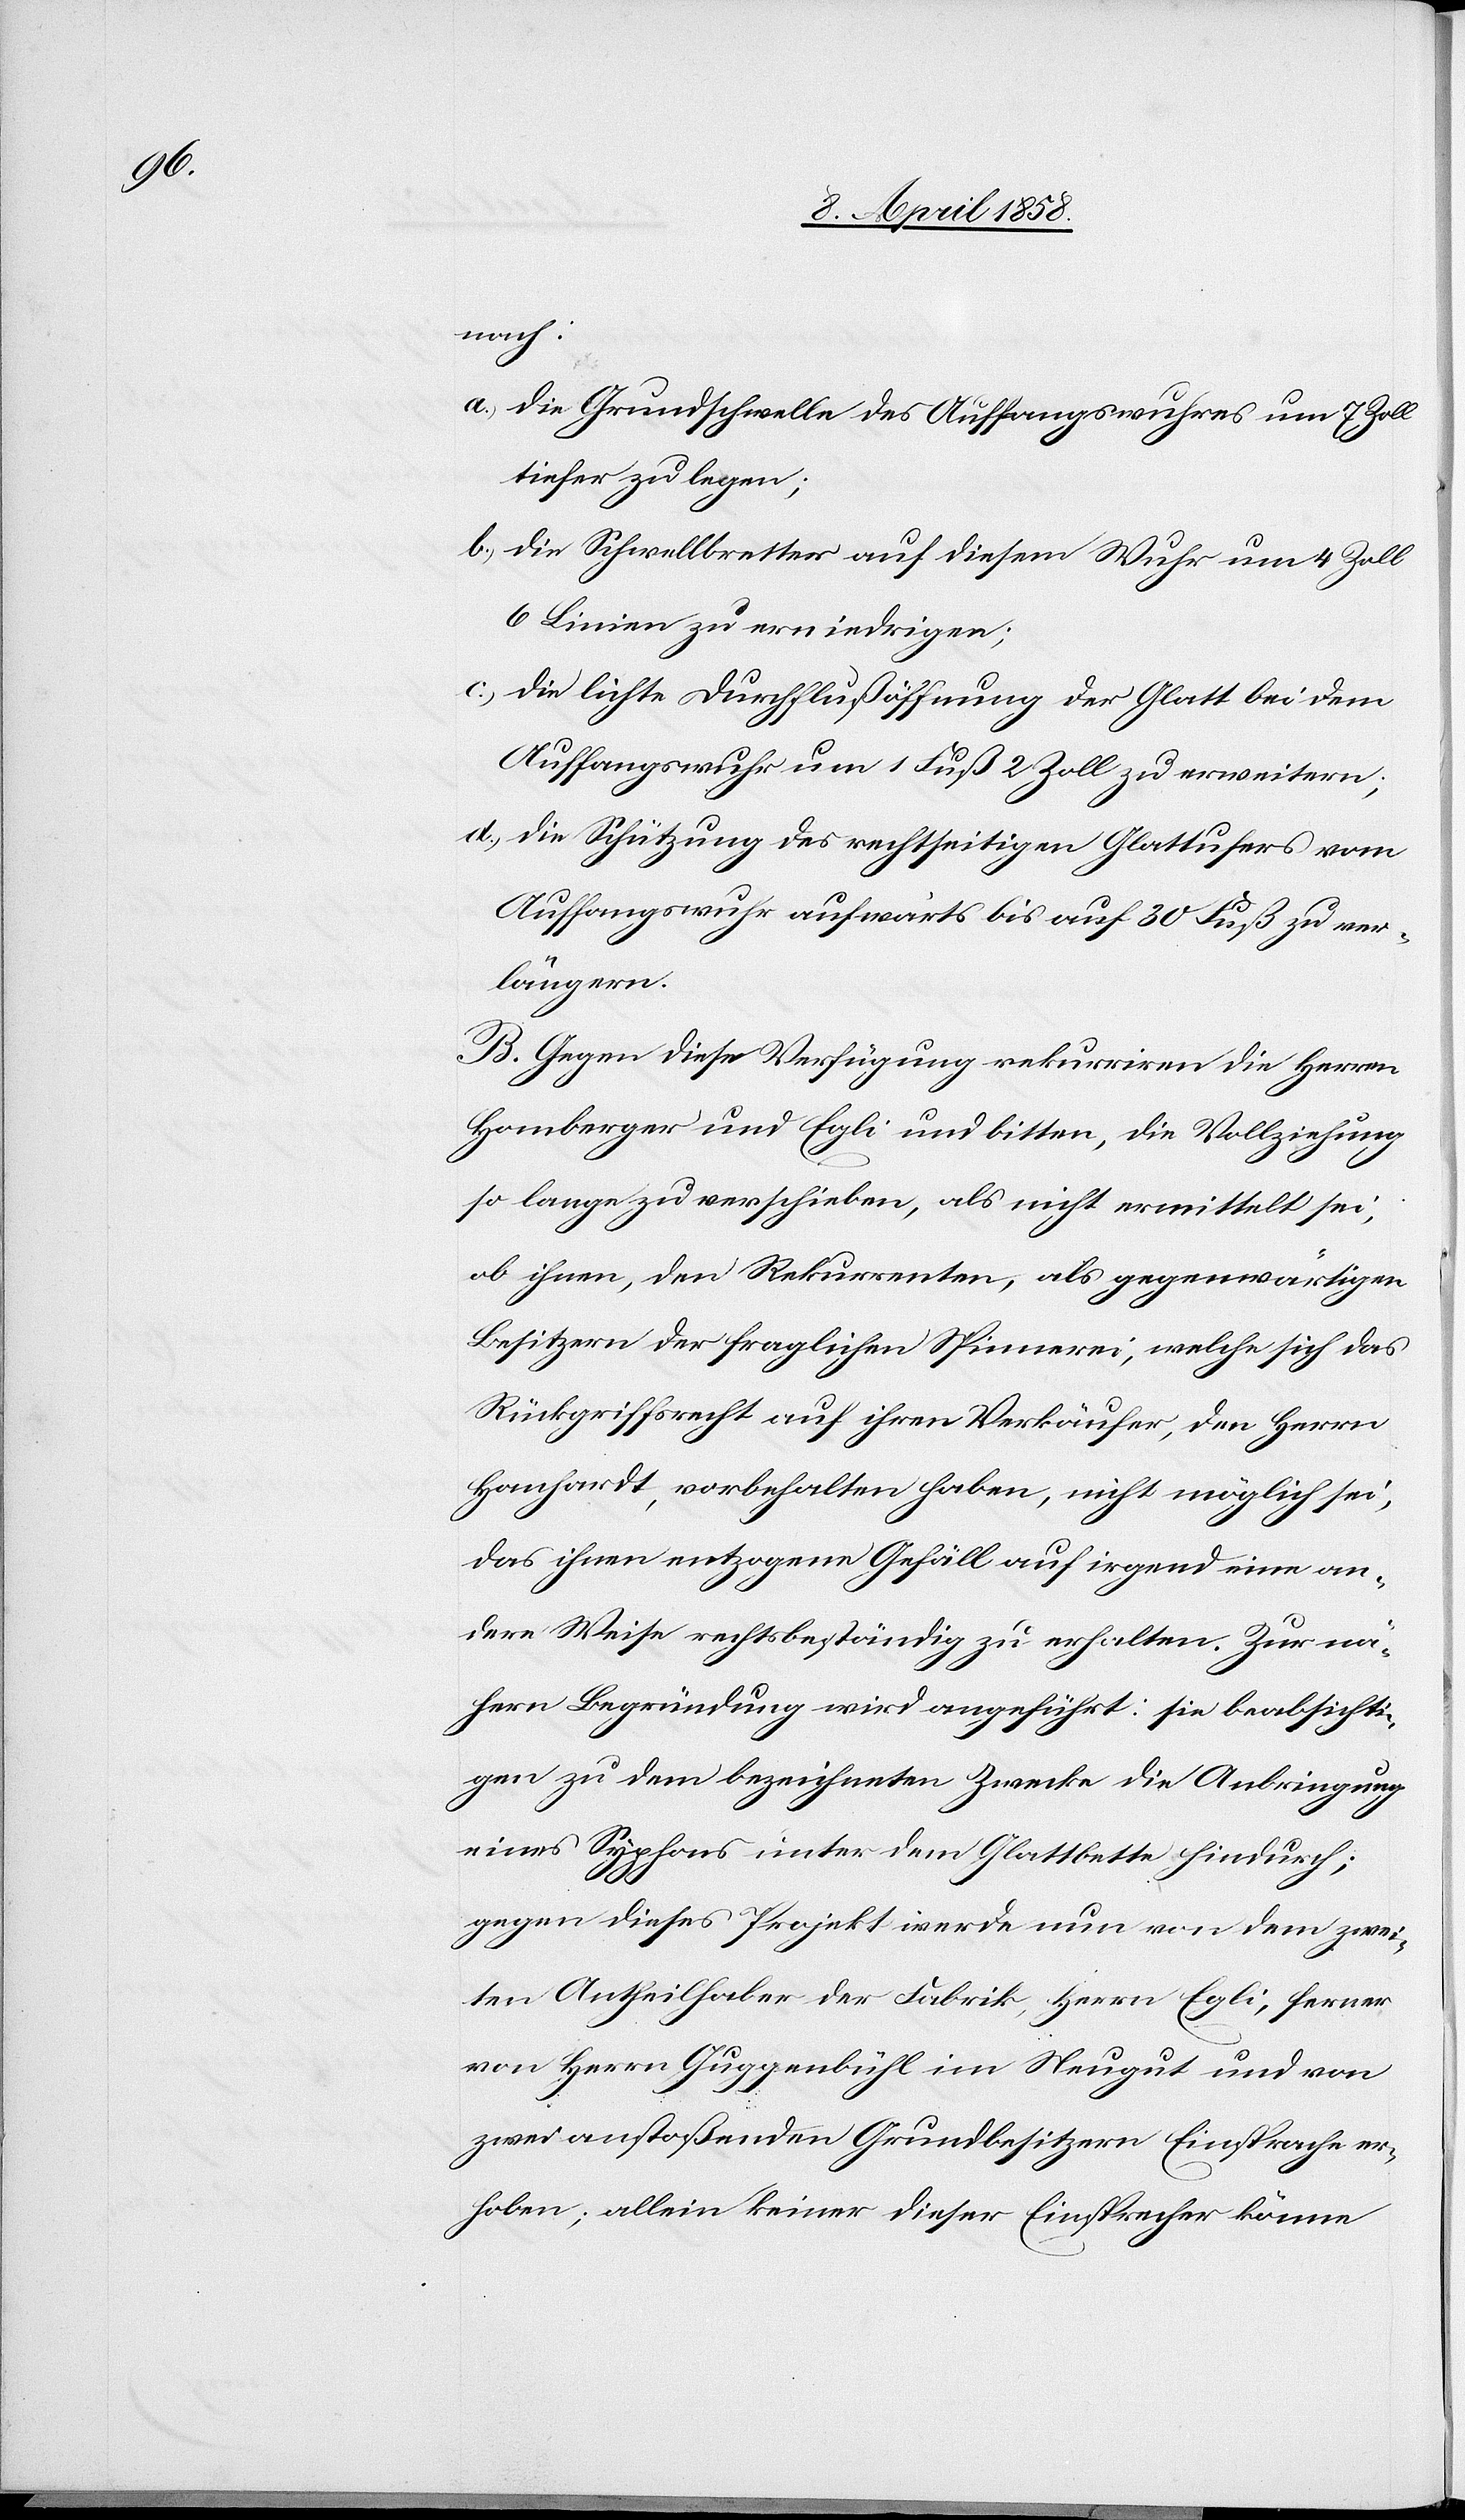
nach:
a.) die Grundschwelle des Auffangswuhres um 7 Zoll
tiefer zu legen;
b.) die Schwellbretter auf diesem Wuhr um 4 Zoll
6 Linien zu erniedrigen;
c.) die lichte Durchflußöffnung der Glatt bei dem
Auffangswuhr um 1 Fuß 2 Zoll zu erweitern;
d.) die Schützung des rechtseitigen Glattufers vom
Auffangswuhr aufwärts bis auf 30 Fuß zu ver¬
längern.
B. Gegen diese Verfügung rekurriren die Herren
Homberger und Egli und bitten, die Vollziehung
so lange zu verschieben, als nicht ermittelt sei,
ob ihnen, den Rekurrenten, als gegenwärtigen
Besitzern der fraglichen Spinnerei, welche sich das
Rückgriffsrecht auf ihren Verkäufer den Herrn
Hanhardt, vorbehalten haben, nicht möglich sei,
das ihnen entzogene Gefäll auf irgend eine an¬
dere Weise rechtsbeständig zu erhalten. Zur nä¬
hern Begründung wird angeführt: sie beabsichti¬
gen zu dem bezeichneten Zwecke die Anbringung
eines Syphons unter dem Glattbette hindurch;
gegen dieses Projekt werde nun von dem zwei¬
ten Antheilhaber der Fabrik, Herr Egli, ferner
von Herrn Guggenbühl im Neugut und von
zwei anstoßenden Grundbesitzern Einsprache er¬
hoben; allein keiner dieser Einsprecher könne